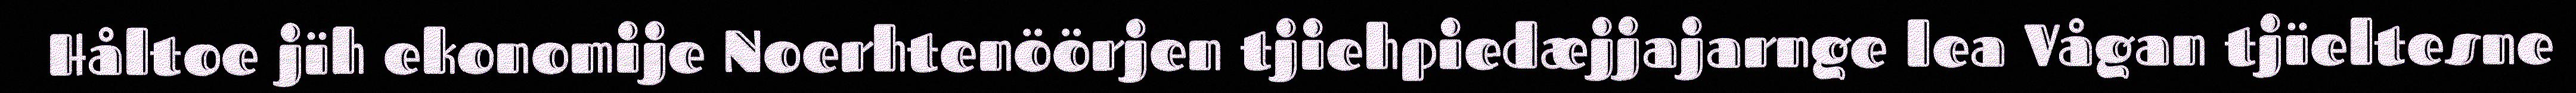
Håltoe jïh ekonomije Noerhtenöörjen tjiehpiedæjjajarnge lea Vågan tjïeltesne